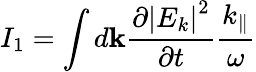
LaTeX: I_{1}=\int d\textbf{k}\frac{\partial\left|E_{k}\right|^{2}}{\partial t}\frac{k_{\parallel}}{\omega}